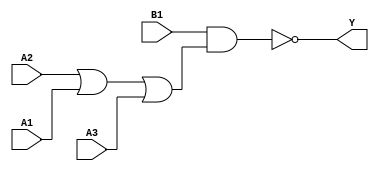
module sky130_fd_sc_hdll__o31ai_3 (
    Y ,
    A1,
    A2,
    A3,
    B1
);
    output Y ;
    input  A1;
    input  A2;
    input  A3;
    input  B1;
    wire or0_out    ;
    wire nand0_out_Y;
    or   or0   (or0_out    , A2, A1, A3     );
    nand nand0 (nand0_out_Y, B1, or0_out    );
    buf  buf0  (Y          , nand0_out_Y    );
endmodule